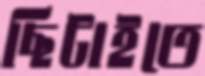
ছিটাইতে